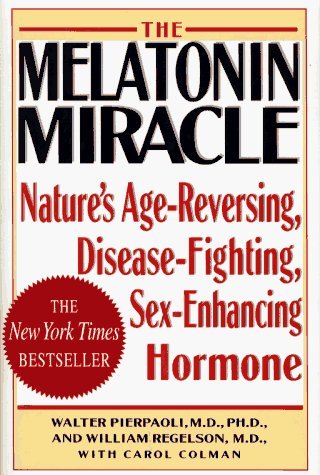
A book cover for THE MELATONIN MIRACLE Nature's Age-Reversing, Disease-Fighting, Sex-Enhanci ng; Walter Pierpaoli and William Regelson with Carol Colman; Health, Fitness & Dieting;